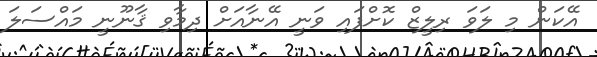
އޭކަން މި ލަވަ ރިލީޒް ކޮށްފައި ވަނީ އޭނާއަށް ދިމާވި ޤާނޫނީ މައްސަލަ